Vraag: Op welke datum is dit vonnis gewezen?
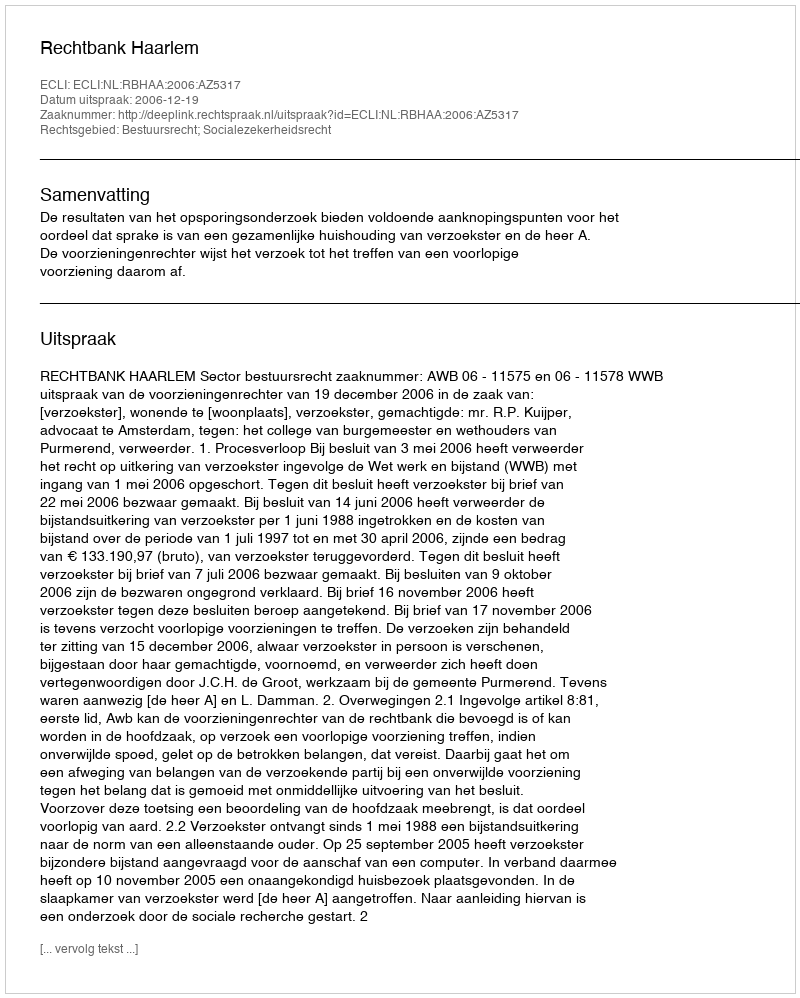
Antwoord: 2006-12-19